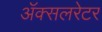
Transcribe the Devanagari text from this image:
ॲक्सलरेटर